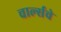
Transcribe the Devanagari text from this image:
चार्ल्सचे